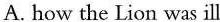
A. how the Lion was ill